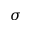
\sigma